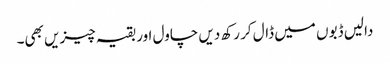
دالیں ڈبوں میں ڈال کر رکھ دیں چاول اور بقیہ چیزیں بھی۔